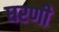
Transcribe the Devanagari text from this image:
घरणी